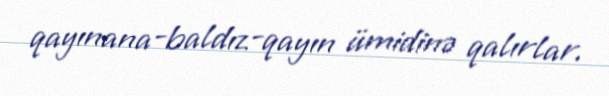
qayınana-baldız-qayın ümidinə qalırlar.